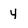
Character: 4